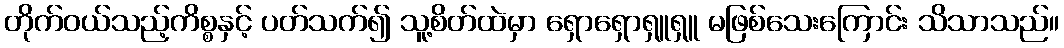
တိုက်ဝယ်သည့်ကိစ္စနှင့် ပတ်သက်၍ သူ့စိတ်ထဲမှာ ရှောရှောရှူရှူ မဖြစ်သေးကြောင်း သိသာသည်။